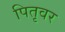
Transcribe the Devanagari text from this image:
पितृवर